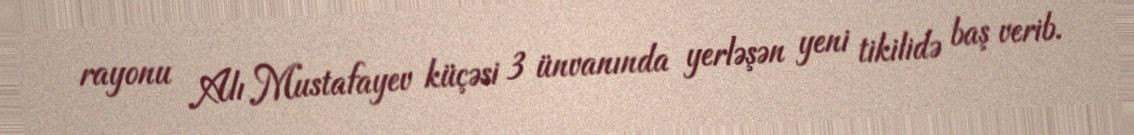
rayonu Alı Mustafayev küçəsi 3 ünvanında yerləşən yeni tikilidə baş verib.